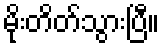
မိုးတိတ်သွားပြီ။